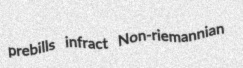
prebills infract Non-riemannian